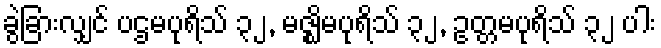
ခွဲခြားလျှင် ပဌမပုရိသ် ၃၂, မဇ္ဈိမပုရိသ် ၃၂, ဥတ္တမပုရိသ် ၃၂ ပါး